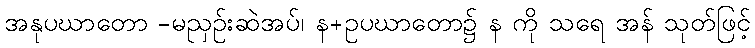
အနုပဃာတော -မညှဉ်းဆဲအပ်၊ န+ဥပဃာတော၌ န ကို သရေ အန် သုတ်ဖြင့်